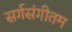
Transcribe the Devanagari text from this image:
सर्गसंगीतम